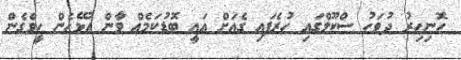
ހޮނިހިރު ދުވަހު ސްކޫލްގައި ހުރެފައި ގެއަށް އައީ ބޮޑުކަމެއް ވާން އުޅޭހެން ހީވެގެން